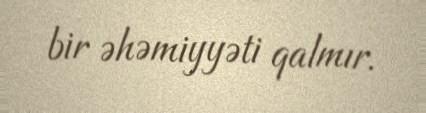
bir əhəmiyyəti qalmır.